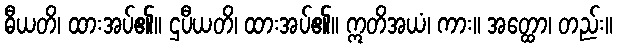
ဓီယတိ၊ ထားအပ်၏။ ဌပီယတိ၊ ထားအပ်၏။ ဣတိအယံ၊ ကား။ အတ္ထော၊ တည်း။